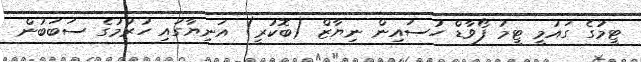
ޓީމުގެ ގައުމީ ޓީމު ފޯވާޑް ހުސައިން ނިޔާޒް (ބޮކުރީ) އަނިޔާގައި ހުރުމުގެ ސަބަބުން